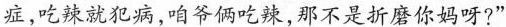
症,吃辣就犯病,咱爷俩吃辣,那不是折磨你妈呀?”